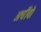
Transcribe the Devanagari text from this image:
अर्चीवो